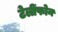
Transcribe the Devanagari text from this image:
टेलींफोन